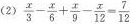
(2) $$\frac { x } { 3 } - \frac { x } { 6 } + \frac { x } { 9 } - \frac { x } { 1 2 } = \frac { 7 } { 1 2 }$$